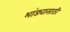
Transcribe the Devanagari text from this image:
भांड्यासाठी